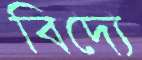
বিদ্যে